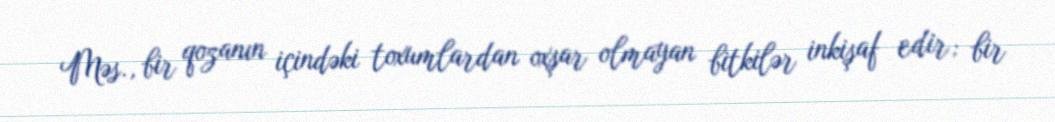
Məs., bir qozanın içindəki toxumlardan oxşar olmayan bitkilər inkişaf edir; bir